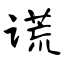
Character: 谎